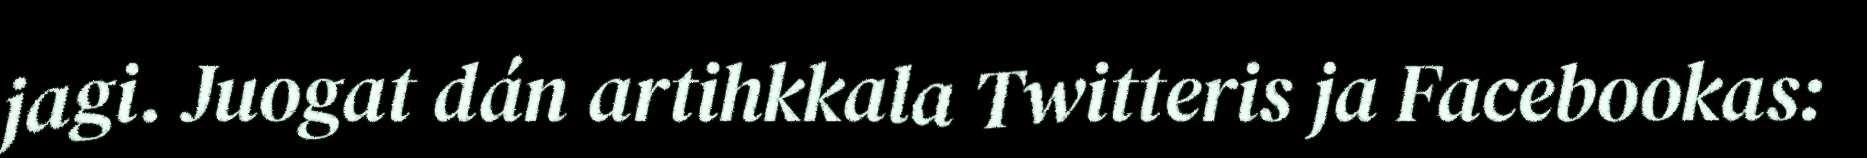
jagi. Juogat dán artihkkala Twitteris ja Facebookas: